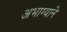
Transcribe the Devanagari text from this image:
अभाग्याने